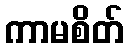
ကာမစိတ်